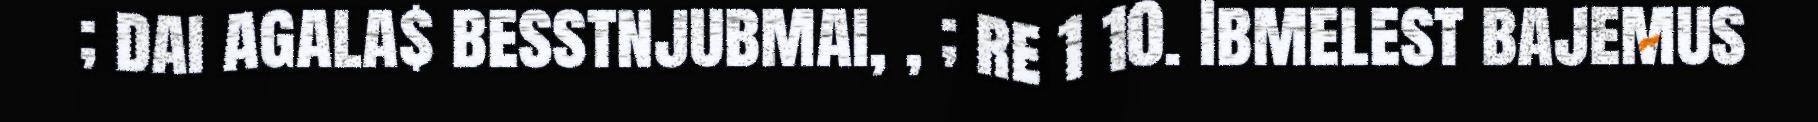
; dai agala$ besstnjubmai, , ; re 1 10. Ibmelest bajemus